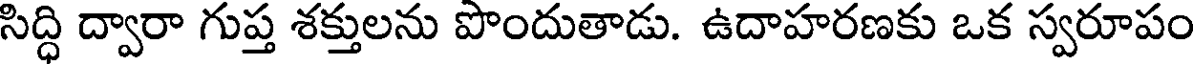
సిద్ధి ద్వారా గుప్త శక్తులను పొందుతాడు. ఉదాహరణకు ఒక స్వరూపం